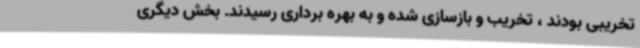
تخریبی بودند ، تخریب و بازسازی شده و به بهره برداری رسیدند. بخش دیگری